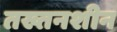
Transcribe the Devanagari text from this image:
तख्तनशीन